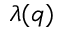
\lambda ( q )